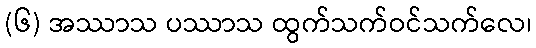
(၆) အဿာသ ပဿာသ ထွက်သက်ဝင်သက်လေ၊